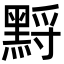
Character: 𪑋